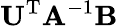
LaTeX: \mathbf{U}^{\mathrm{T}}\mathbf{A}^{-1}\mathbf{B}